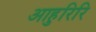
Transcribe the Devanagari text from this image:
आहुरिरि